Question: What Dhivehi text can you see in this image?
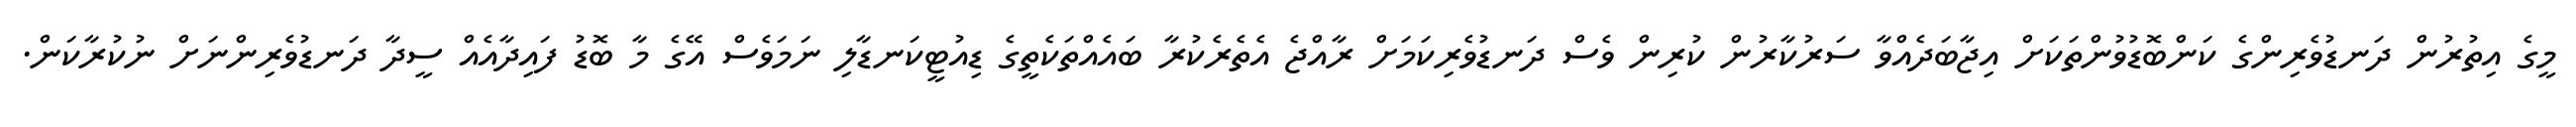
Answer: މީގެ އިތުރުން ދަނޑުވެރިންގެ ކަންބޮޑުވުންތަކަށް އިޖާބަދެއްވާ ސަރުކާރުން ކުރިން ވެސް ދަނޑުވެރިކަމަށް ރާއްޖެ އެތެރެކުރާ ބައެއްތަކެތީގެ ޑިއުޓީކަނޑާލި ނަމަވެސް އޭގެ މާ ބޮޑު ފައިދާއެއް ސީދާ ދަނޑުވެރިންނަށް ނުކުރާކަން.